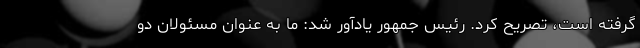
گرفته است، تصریح کرد. رئیس جمهور یادآور شد: ما به عنوان مسئولان دو